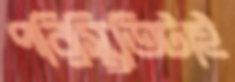
পরিস্থিতিটাই